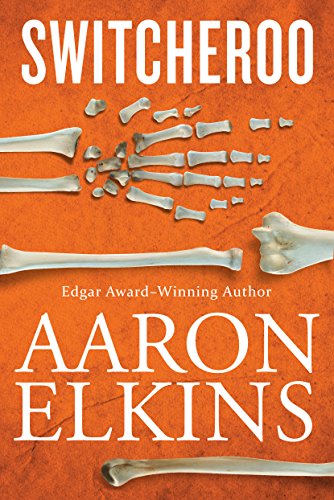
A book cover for Switcheroo (A Gideon Oliver Mystery); Aaron Elkins; Mystery, Thriller & Suspense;